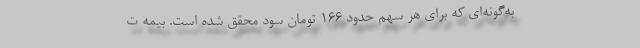
به‌گونه‌ای که برای هر سهم حدود 166 تومان سود محقق شده است. بیمه ت